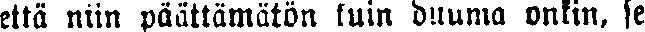
että niin päättämätön kuin duuma onkin, se